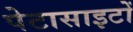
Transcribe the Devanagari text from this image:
पेटासाइटों